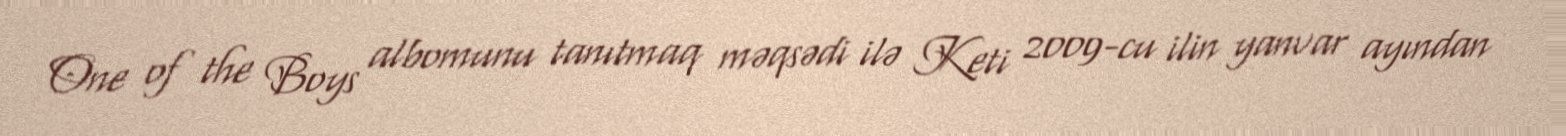
One of the Boys albomunu tanıtmaq məqsədi ilə Keti 2009-cu ilin yanvar ayından